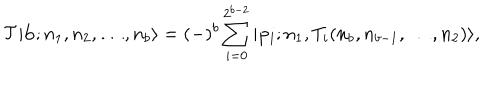
{ \cal T } | { \bf b } ; n _ { 1 } , n _ { 2 } , \ldots , n _ { b } \rangle = ( - ) ^ { b } \sum _ { i = 0 } ^ { 2 ^ { b - 2 } } | { \bf p _ { i } } ; n _ { 1 } , T _ { i } ( n _ { b } , n _ { b - 1 } , \ldots , n _ { 2 } ) \rangle ,